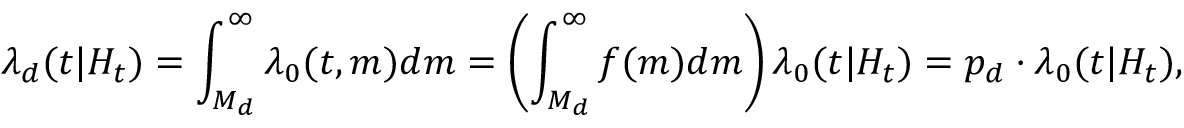
\lambda _ { d } ( t | H _ { t } ) = \int _ { M _ { d } } ^ { \infty } \lambda _ { 0 } ( t , m ) d m = \left( \int _ { M _ { d } } ^ { \infty } f ( m ) d m \right) \lambda _ { 0 } ( t | H _ { t } ) = p _ { d } \cdot \lambda _ { 0 } ( t | H _ { t } ) ,